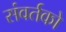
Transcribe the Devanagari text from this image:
संवर्तको